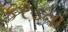
કરડતા